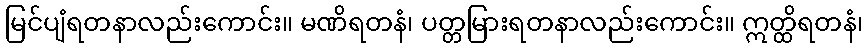
မြင်ပျံရတနာလည်းကောင်း။ မဏိရတနံ၊ ပတ္တမြားရတနာလည်းကောင်း။ ဣတ္ထိရတနံ၊